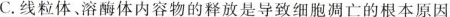
C.粒体、溶酶体内容物的释放是导致细胞凋亡的根本原因